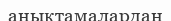
анықтамалардан